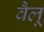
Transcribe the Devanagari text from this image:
वैलू